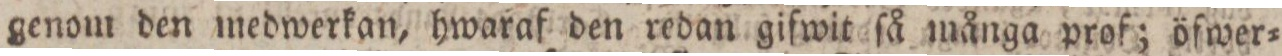
genom den medwerkan, hwaraf den redan gifwit ſå många prof; öfwer=